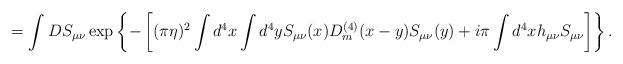
LaTeX: \begin{align*}=\int DS_{\mu\nu}\exp\left\{-\left[(\pi\eta)^2\int d^4x\int d^4y S_{\mu\nu}(x)D_m^{(4)}(x-y)S_{\mu\nu}(y)+i\pi\int d^4x h_{\mu\nu}S_{\mu\nu}\right]\right\}.\end{align*}